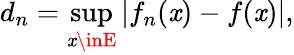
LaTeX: d_{n}=\operatorname*{sup}_{\mathit{x}\inE}|f_{n}(\mathit{x})-f(\mathit{x})|,